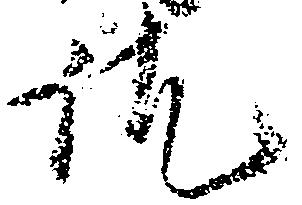
訖